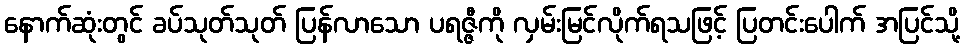
နောက်ဆုံးတွင် ခပ်သုတ်သုတ် ပြန်လာသော ပရဇ္ဇီကို လှမ်းမြင်လိုက်ရသဖြင့် ပြတင်းပေါက် အပြင်သို့